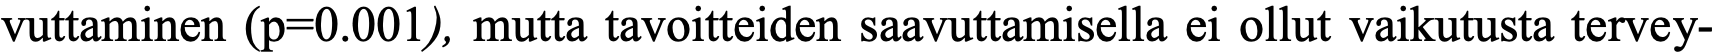
vuttaminen (p=0.001), mutta tavoitteiden saavuttamisella ei ollut vaikutusta tervey-